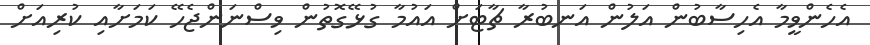
އެހެންވީމާ އެހިސާބުން އަލުން އަނބުރާ ޗާޓަށް އައުމާ ގުޅޭގޮތުން ވިސްނަންޖެހޭ ކަމަށާއި ކުރިއަށް